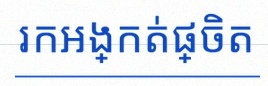
រកអង្កត់ផ្ចិត